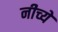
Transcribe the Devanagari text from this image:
नीच्ये